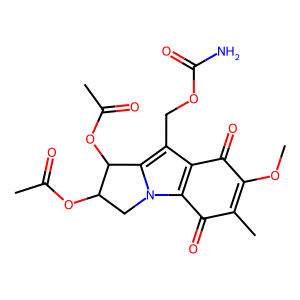
SMILES: COC1=C(C)C(=O)c2c(c(COC(N)=O)c3n2CC(OC(C)=O)C3OC(C)=O)C1=O
Inhibits HIV replication: No